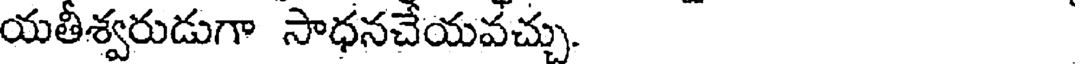
యతీశ్వరుడుగా సాధనచేయవచ్చు.